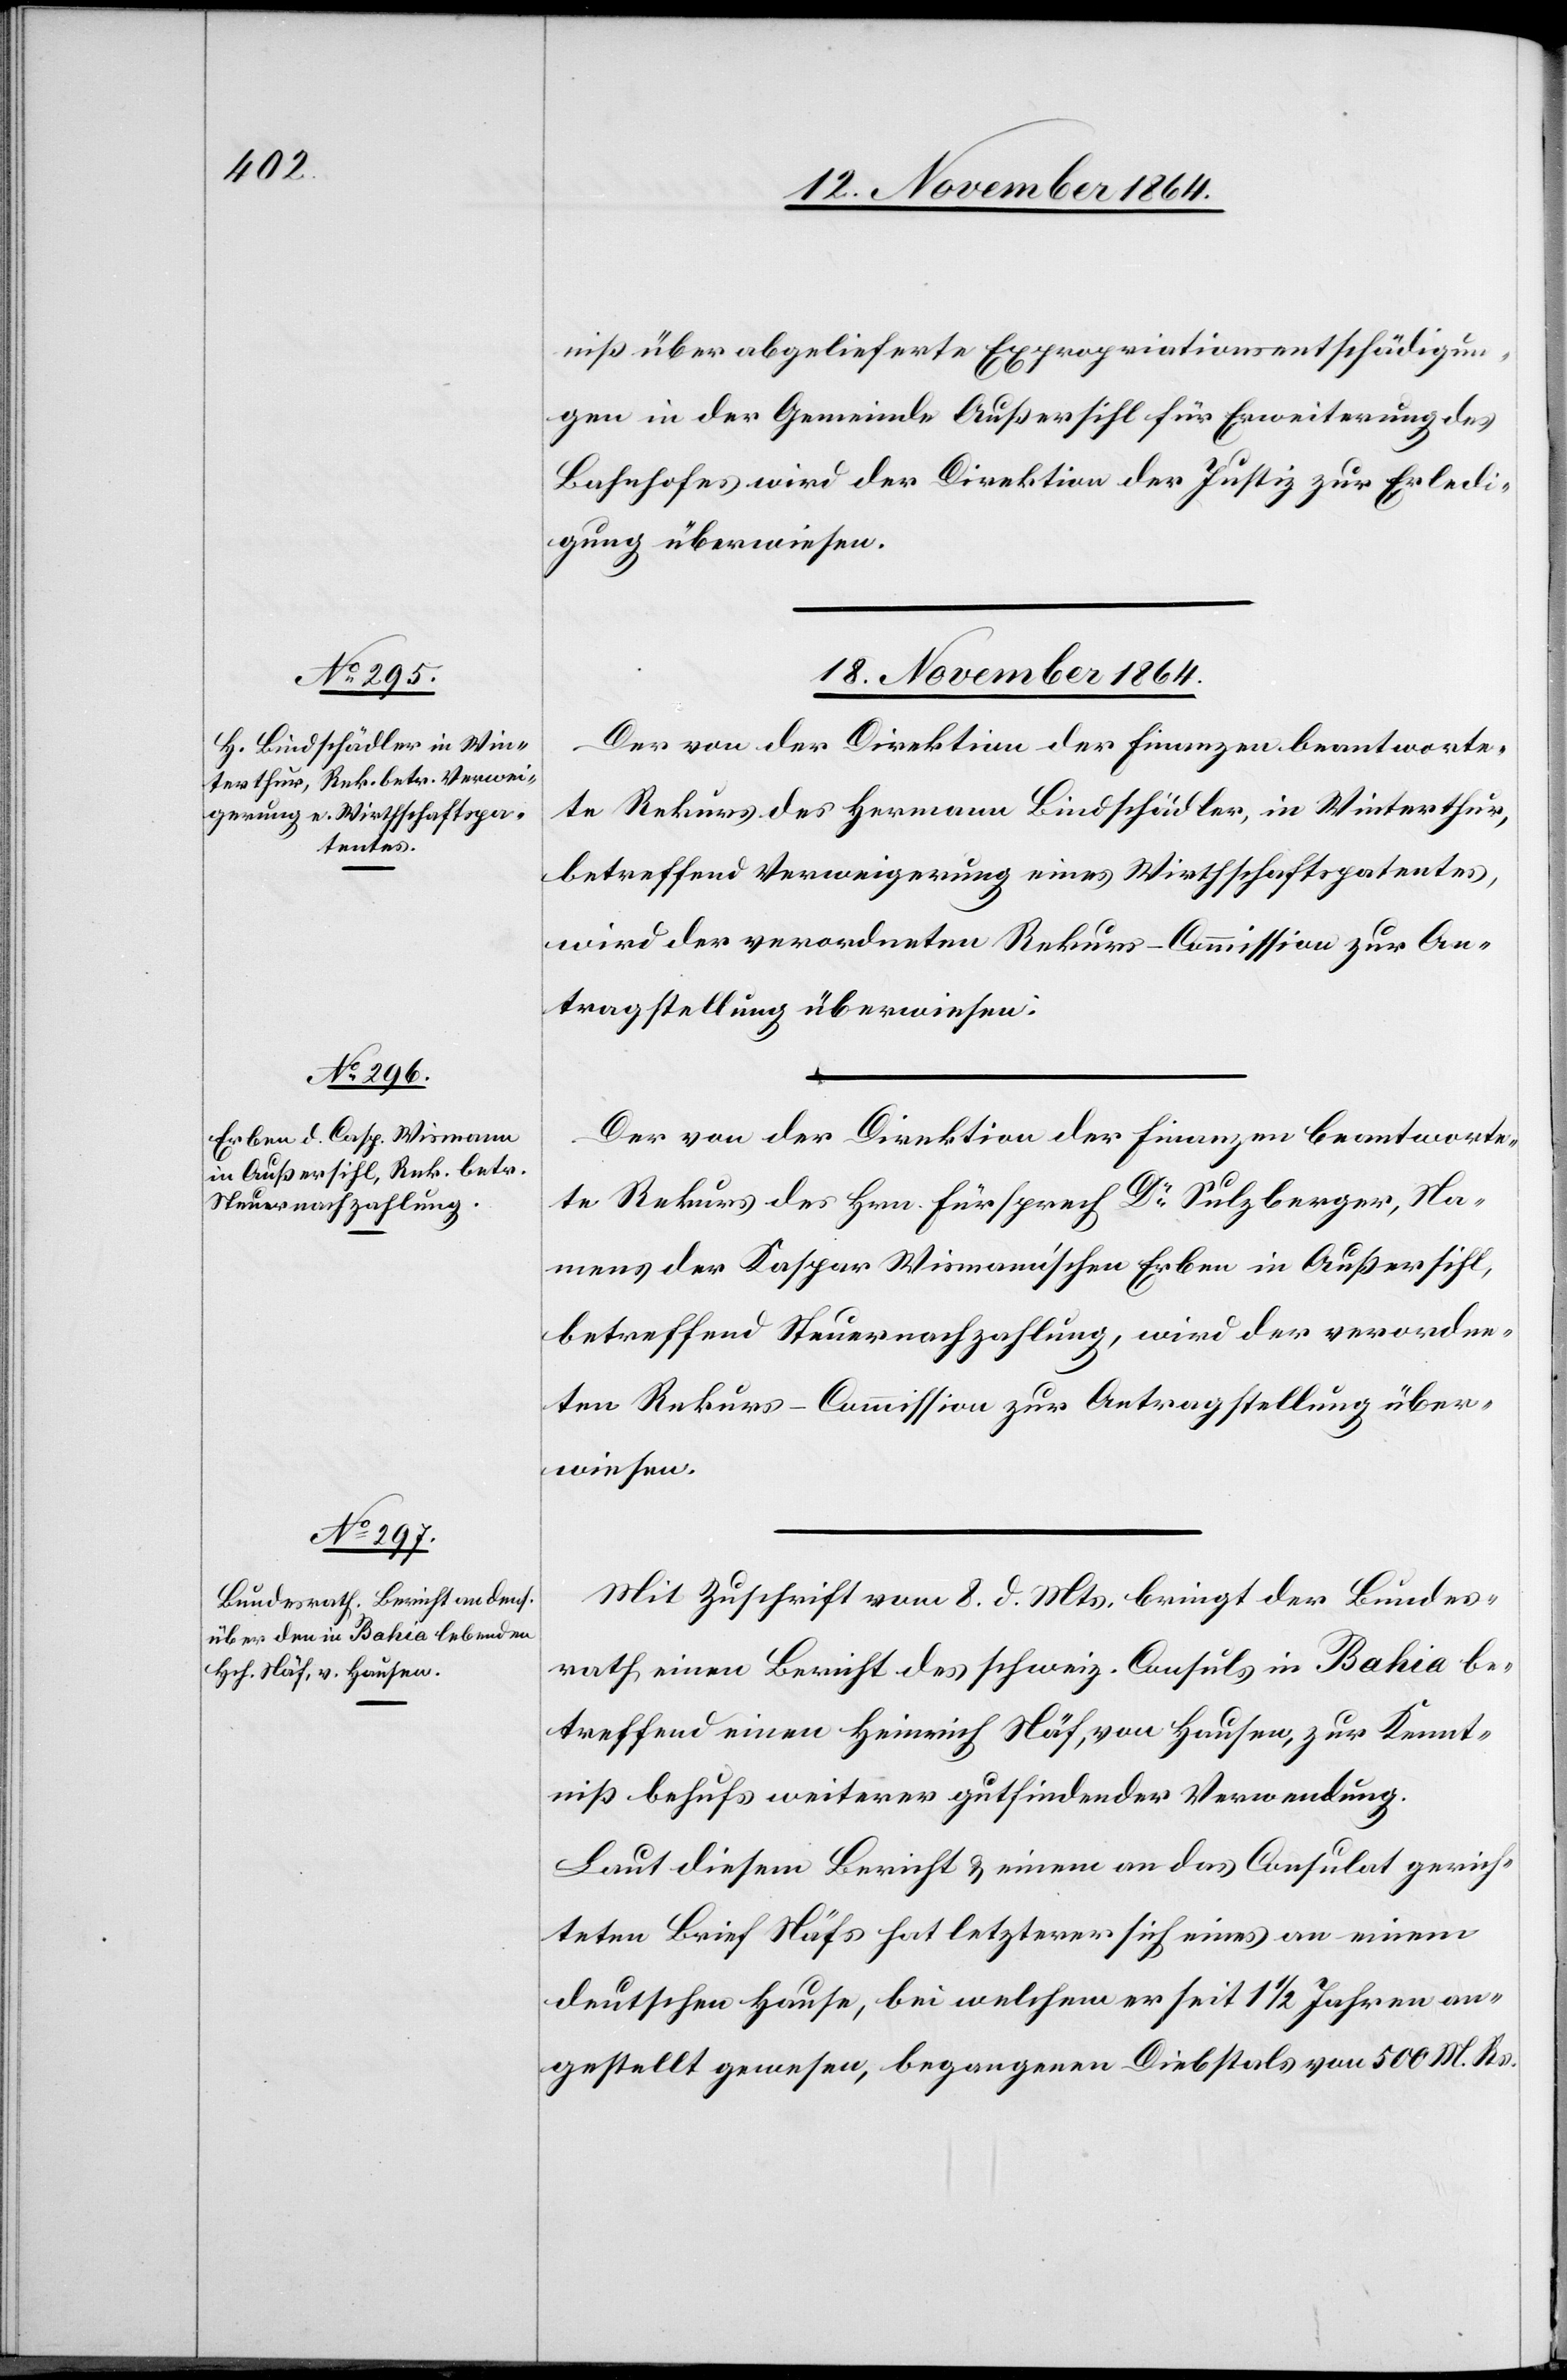
niß über abgelieferte Expropriationsentschädigun¬
gen in der Gemeinde Außersihl für Erweiterung des
Bahnhofes wird der Direktion der Justiz zur Erledi¬
gung überwiesen.
18. November 1864.]
Der von der Direktion der Finanzen beantworte¬
te Rekurs des Hermann Bindschädler, in Winterthur,
betreffend Verweigerung eines Wirthschaftspatentes,
wird der verordneten Rekurs-Commission zur An¬
tragstellung überwiesen.
te Rekurs des Hrn. Fürsprech Dr Sulzberger, Na¬
mens der Kasper Wismann’schen Erben in Außersihl,
betreffend Steuernachzahlung, wird der verordne¬
ten Rekurs-Commission zur Antragstellung über¬
wiesen.
Mit Zuschrift vom 8. d. Mts. bringt der Bundes¬
rath einen Bericht des schweiz. Consuls in Bahia be¬
treffend einen Heinrich Näf, von Hausen, zur Kennt¬
niß behufs weiterer gutfindender Verwendung.
Laut diesem Bericht & einem an das Consulat gerich¬
teten Brief Näfs hat letzterer sich eines an einem
deutschen Hause, bei welchem er seit 11/2 Jahren an¬
gestellt gewesen, begangenen Diebstals von 500 M. Rs.